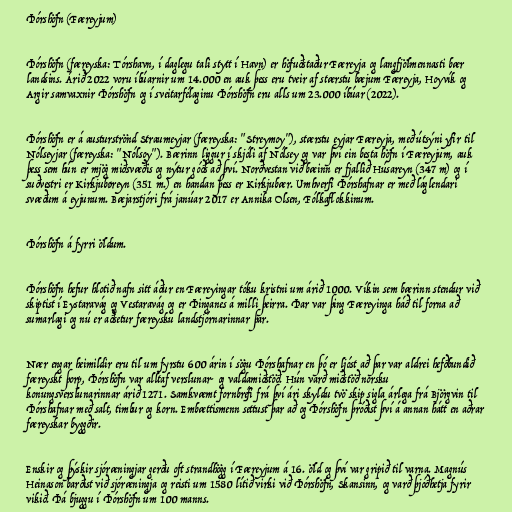
Þórshöfn (Færeyjum)

Þórshöfn (færeyska: Tórshavn, í daglegu tali stytt í Havn) er höfuðstaður Færeyja og langfjölmennasti bær
landsins. Árið 2022 voru íbúarnir um 14.000 en auk þess eru tveir af stærstu bæjum Færeyja, Hoyvík og
Argir samvaxnir Þórshöfn og í sveitarfélaginu Þórshöfn eru alls um 23.000 íbúar (2022).

Þórshöfn er á austurströnd Straumeyjar (færeyska: "Streymoy"), stærstu eyjar Færeyja, með útsýni yfir til
Nólseyjar (færeyska: "Nólsoy"). Bærinn liggur í skjóli af Nólsey og var því ein besta höfn í Færeyjum, auk
þess sem hún er mjög miðsvæðis og nýtur góðs að því. Norðvestan við bæinn er fjallið Húsareyn (347 m) og í
suðvestri er Kirkjubøreyn (351 m.) en handan þess er Kirkjubær. Umhverfi Þórshafnar er með láglendari
svæðum á eyjunum. Bæjarstjóri frá janúar 2017 er Annika Olsen, Fólkaflokkinum.

Þórshöfn á fyrri öldum.

Þórshöfn hefur hlotið nafn sitt áður en Færeyingar tóku kristni um árið 1000. Víkin sem bærinn stendur við
skiptist í Eystaravág og Vestaravág og er Þinganes á milli þeirra. Þar var þing Færeyinga háð til forna að
sumarlagi og nú er aðsetur færeysku landstjórnarinnar þar.

Nær engar heimildir eru til um fyrstu 600 árin í sögu Þórshafnar en þó er ljóst að þar var aldrei hefðbundið
færeyskt þorp, Þórshöfn var alltaf verslunar- og valdamiðstöð. Hún varð miðstöð norsku
konungsverslunarinnar árið 1271. Samkvæmt fornbréfi frá því ári skyldu tvö skip sigla árlega frá Björgvin til
Þórshafnar með salt, timbur og korn. Embættismenn settust þar að og Þórshöfn þróðist því á annan hátt en aðrar
færeyskar byggðir.

Enskir og þýskir sjóræningjar gerðu oft strandhögg í Færeyjum á 16. öld og því var gripið til varna. Magnús
Heinason barðist við sjóræningja og reisti um 1580 lítið virki við Þórshöfn, Skansinn, og varð þjóðhetja fyrir
vikið. Þá bjuggu í Þórshöfn um 100 manns.